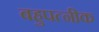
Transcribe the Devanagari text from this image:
बहुपत्‍नीक